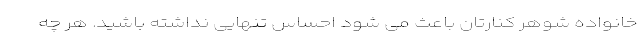
خانواده شوهر کنارتان باعث می شود احساس تنهایی نداشته باشید. هر چه